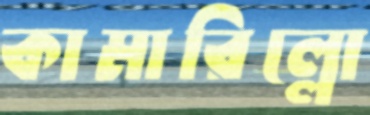
কামারিল্লো